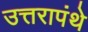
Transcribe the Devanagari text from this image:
उत्तरापंथे